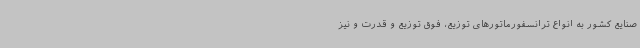
صنایع کشور به انواع ترانسفورماتورهای توزیع، فوق توزیع و قدرت و نیز